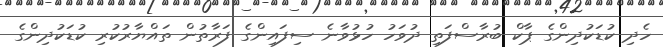
ހެދި ކުޑަކުދިންގެ ޕާކް ބުރާސްފަތި ދުވަހު ހުޅުވާނެ ސިފައިންގެ ފަރާތުން ތައްޔާރުކުރި ކުޑަކުދިންގެ